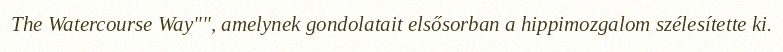
The Watercourse Way"", amelynek gondolatait elsősorban a hippimozgalom szélesítette ki.